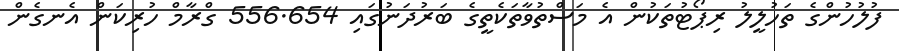
ފުލުހުންގެ ތަހުލީލު ރިޕޯޓުތަކުން އެ މަސްތުވާތަކެތީގެ ބަރުދަނުގައި 556.654 ގްރާމް ހުރިކަން އެނގެން